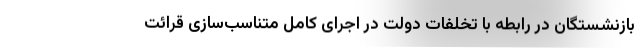
بازنشستگان در رابطه با تخلفات دولت در اجرای کامل متناسب‌سازی قرائت